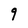
Character: 9